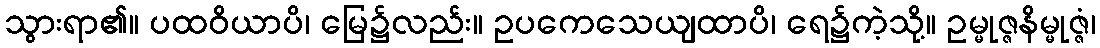
သွားရာ၏။ ပထဝိယာပိ၊ မြေ၌လည်း။ ဥပကေသေယျထာပိ၊ ရေ၌ကဲ့သို့။ ဥမ္မုဇ္ဇနိမ္မုဇ္ဇံ၊